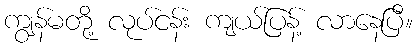
ကျွန်မတို့ လုပ်ငန်း ကျယ်ပြန့် လာနေပြီ။